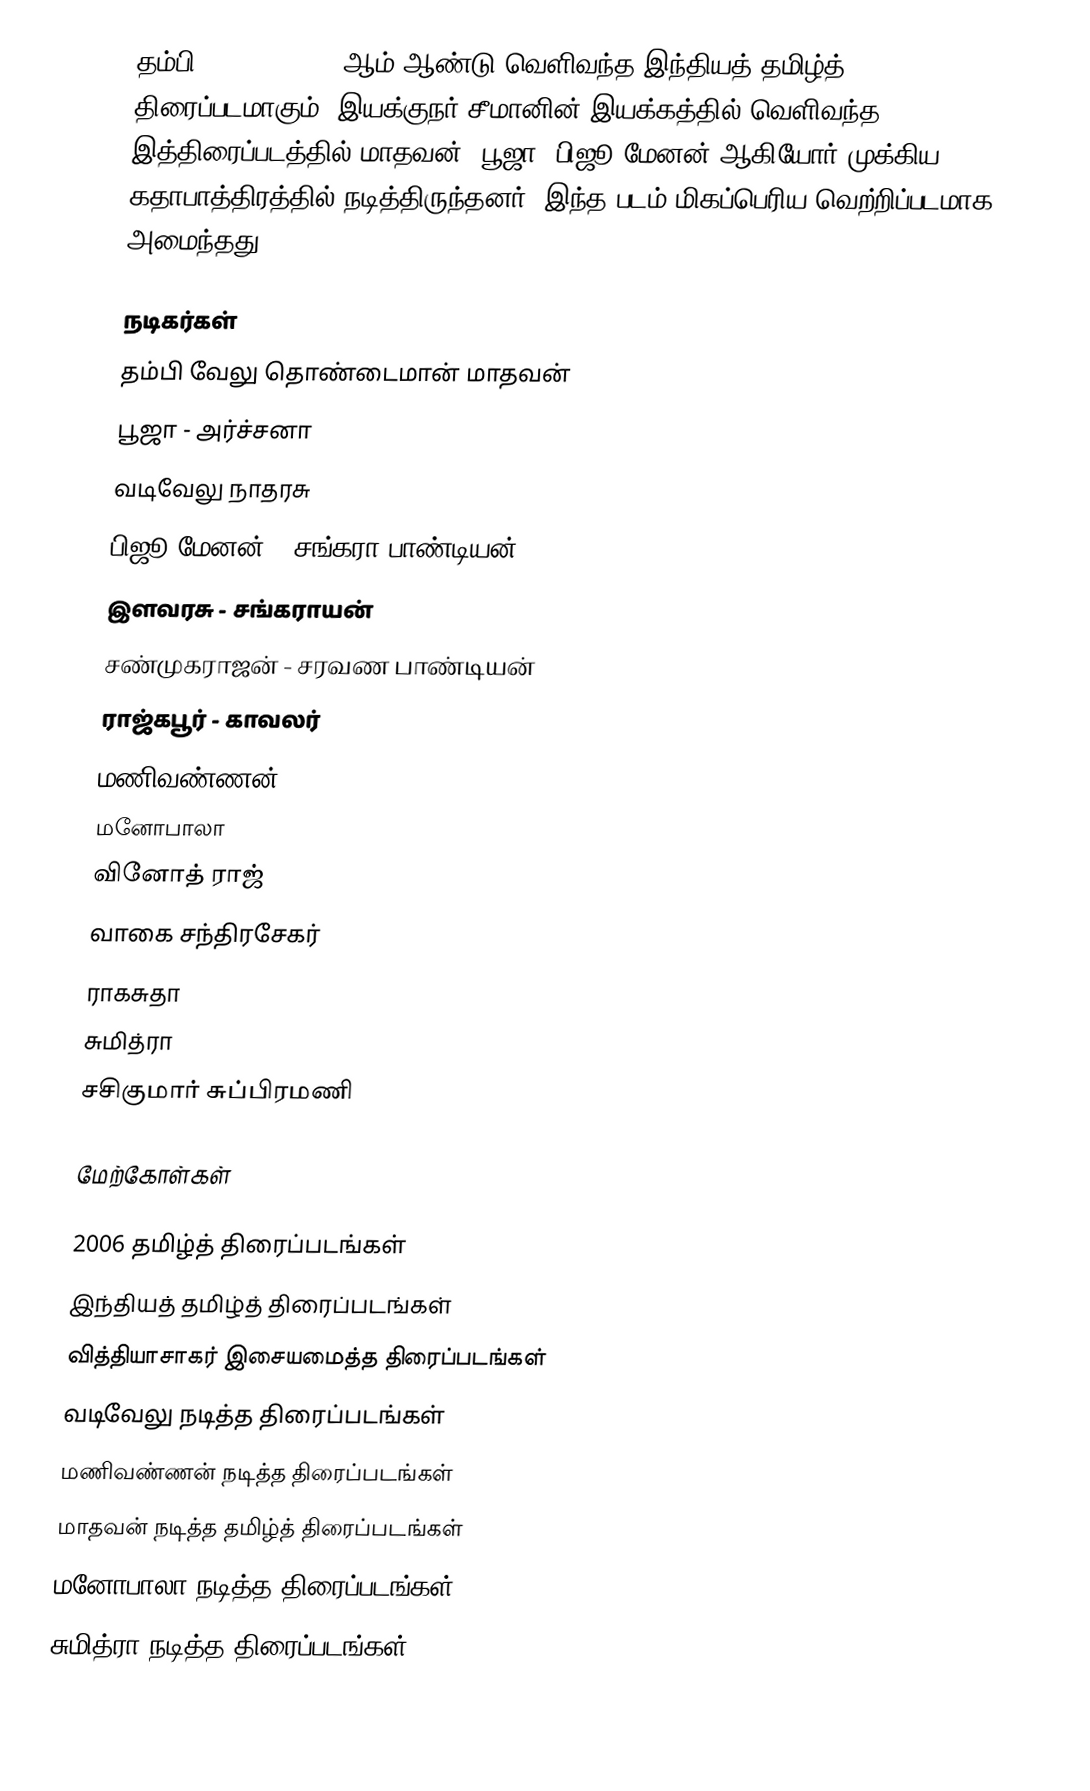
தம்பி (Thambi) 2006 ஆம் ஆண்டு வெளிவந்த இந்தியத் தமிழ்த் திரைப்படமாகும். இயக்குநர் சீமானின் இயக்கத்தில் வெளிவந்த இத்திரைப்படத்தில் மாதவன், பூஜா, பிஜூ மேனன் ஆகியோர் முக்கிய கதாபாத்திரத்தில் நடித்திருந்தனர். இந்த படம் மிகப்பெரிய வெற்றிப்படமாக அமைந்தது.

நடிகர்கள்
 தம்பி வேலு தொண்டைமான் மாதவன்
 பூஜா - அர்ச்சனா
 வடிவேலு நாதரசு
 பிஜூ மேனன் - சங்கரா பாண்டியன்
 இளவரசு - சங்கராயன்
 சண்முகராஜன் - சரவண பாண்டியன்
 ராஜ்கபூர் - காவலர்
 மணிவண்ணன்
 மனோபாலா
 வினோத் ராஜ்
 வாகை சந்திரசேகர்
 ராகசுதா
 சுமித்ரா
 சசிகுமார் சுப்பிரமணி

மேற்கோள்கள்

2006 தமிழ்த் திரைப்படங்கள்
இந்தியத் தமிழ்த் திரைப்படங்கள்
வித்தியாசாகர் இசையமைத்த திரைப்படங்கள்
வடிவேலு நடித்த திரைப்படங்கள்
மணிவண்ணன் நடித்த திரைப்படங்கள்
மாதவன் நடித்த தமிழ்த் திரைப்படங்கள்
மனோபாலா நடித்த திரைப்படங்கள்
சுமித்ரா நடித்த திரைப்படங்கள்